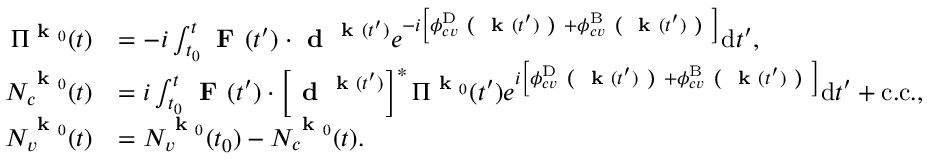
\begin{array} { r l } { \Pi ^ { \textbf { k } _ { 0 } } ( t ) } & { = - i \int _ { t _ { 0 } } ^ { t } \textbf { F } ( t ^ { \prime } ) \cdot \textbf { d } ^ { \textbf { k } ( t ^ { \prime } ) } e ^ { - i \left[ \phi _ { c v } ^ { \mathrm { D } } \textbf { ( } \textbf { k } ( t ^ { \prime } ) \textbf { ) } + \phi _ { c v } ^ { \mathrm { B } } \textbf { ( } \textbf { k } ( t ^ { \prime } ) \textbf { ) } \right] } \mathrm { d } t ^ { \prime } , } \\ { N _ { c } ^ { \textbf { k } _ { 0 } } ( t ) } & { = i \int _ { t _ { 0 } } ^ { t } \textbf { F } ( t ^ { \prime } ) \cdot \left[ \textbf { d } ^ { \textbf { k } ( t ^ { \prime } ) } \right] ^ { * } \Pi ^ { \textbf { k } _ { 0 } } ( t ^ { \prime } ) e ^ { i \left[ \phi _ { c v } ^ { \mathrm { D } } \textbf { ( } \textbf { k } ( t ^ { \prime } ) \textbf { ) } + \phi _ { c v } ^ { \mathrm { B } } \textbf { ( } \textbf { k } ( t ^ { \prime } ) \textbf { ) } \right] } \mathrm { d } t ^ { \prime } + \mathrm { c . c . } , } \\ { N _ { v } ^ { \textbf { k } _ { 0 } } ( t ) } & { = N _ { v } ^ { \textbf { k } _ { 0 } } ( t _ { 0 } ) - N _ { c } ^ { \textbf { k } _ { 0 } } ( t ) . } \end{array}